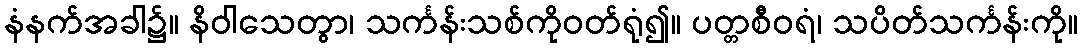
နံနက်အခါ၌။ နိဝါသေတွာ၊ သင်္ကန်းသစ်ကိုဝတ်ရုံ၍။ ပတ္တစီဝရံ၊ သပိတ်သင်္ကန်းကို။